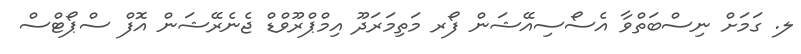
ލ. ގަމަށް ނިސްބަތްވާ އެސޯސިއޭޝަން ފޯރ މަތިމަރަދޫ އިމްޕްރޫވްޑް ޖެނެރޭޝަން އޮފް ސްޕޯޓްސް